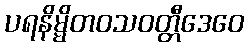
ပရနိမ္မိတဝသဝတ္တီဒေဝေ